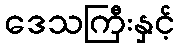
ဒေသကြီးနှင့်